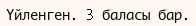
Үйленген. 3 баласы бар.